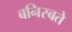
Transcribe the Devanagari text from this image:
बनिस्बते